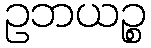
ဥဘယဉ္စ